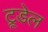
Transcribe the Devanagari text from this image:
ट्रूडेल